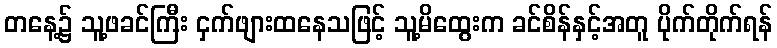
တနေ့၌ သူ့ဖခင်ကြီး ငှက်ဖျားထနေသဖြင့် သူ့မိထွေးက ခင်စိန်နှင့်အတူ ပိုက်တိုက်ရန်